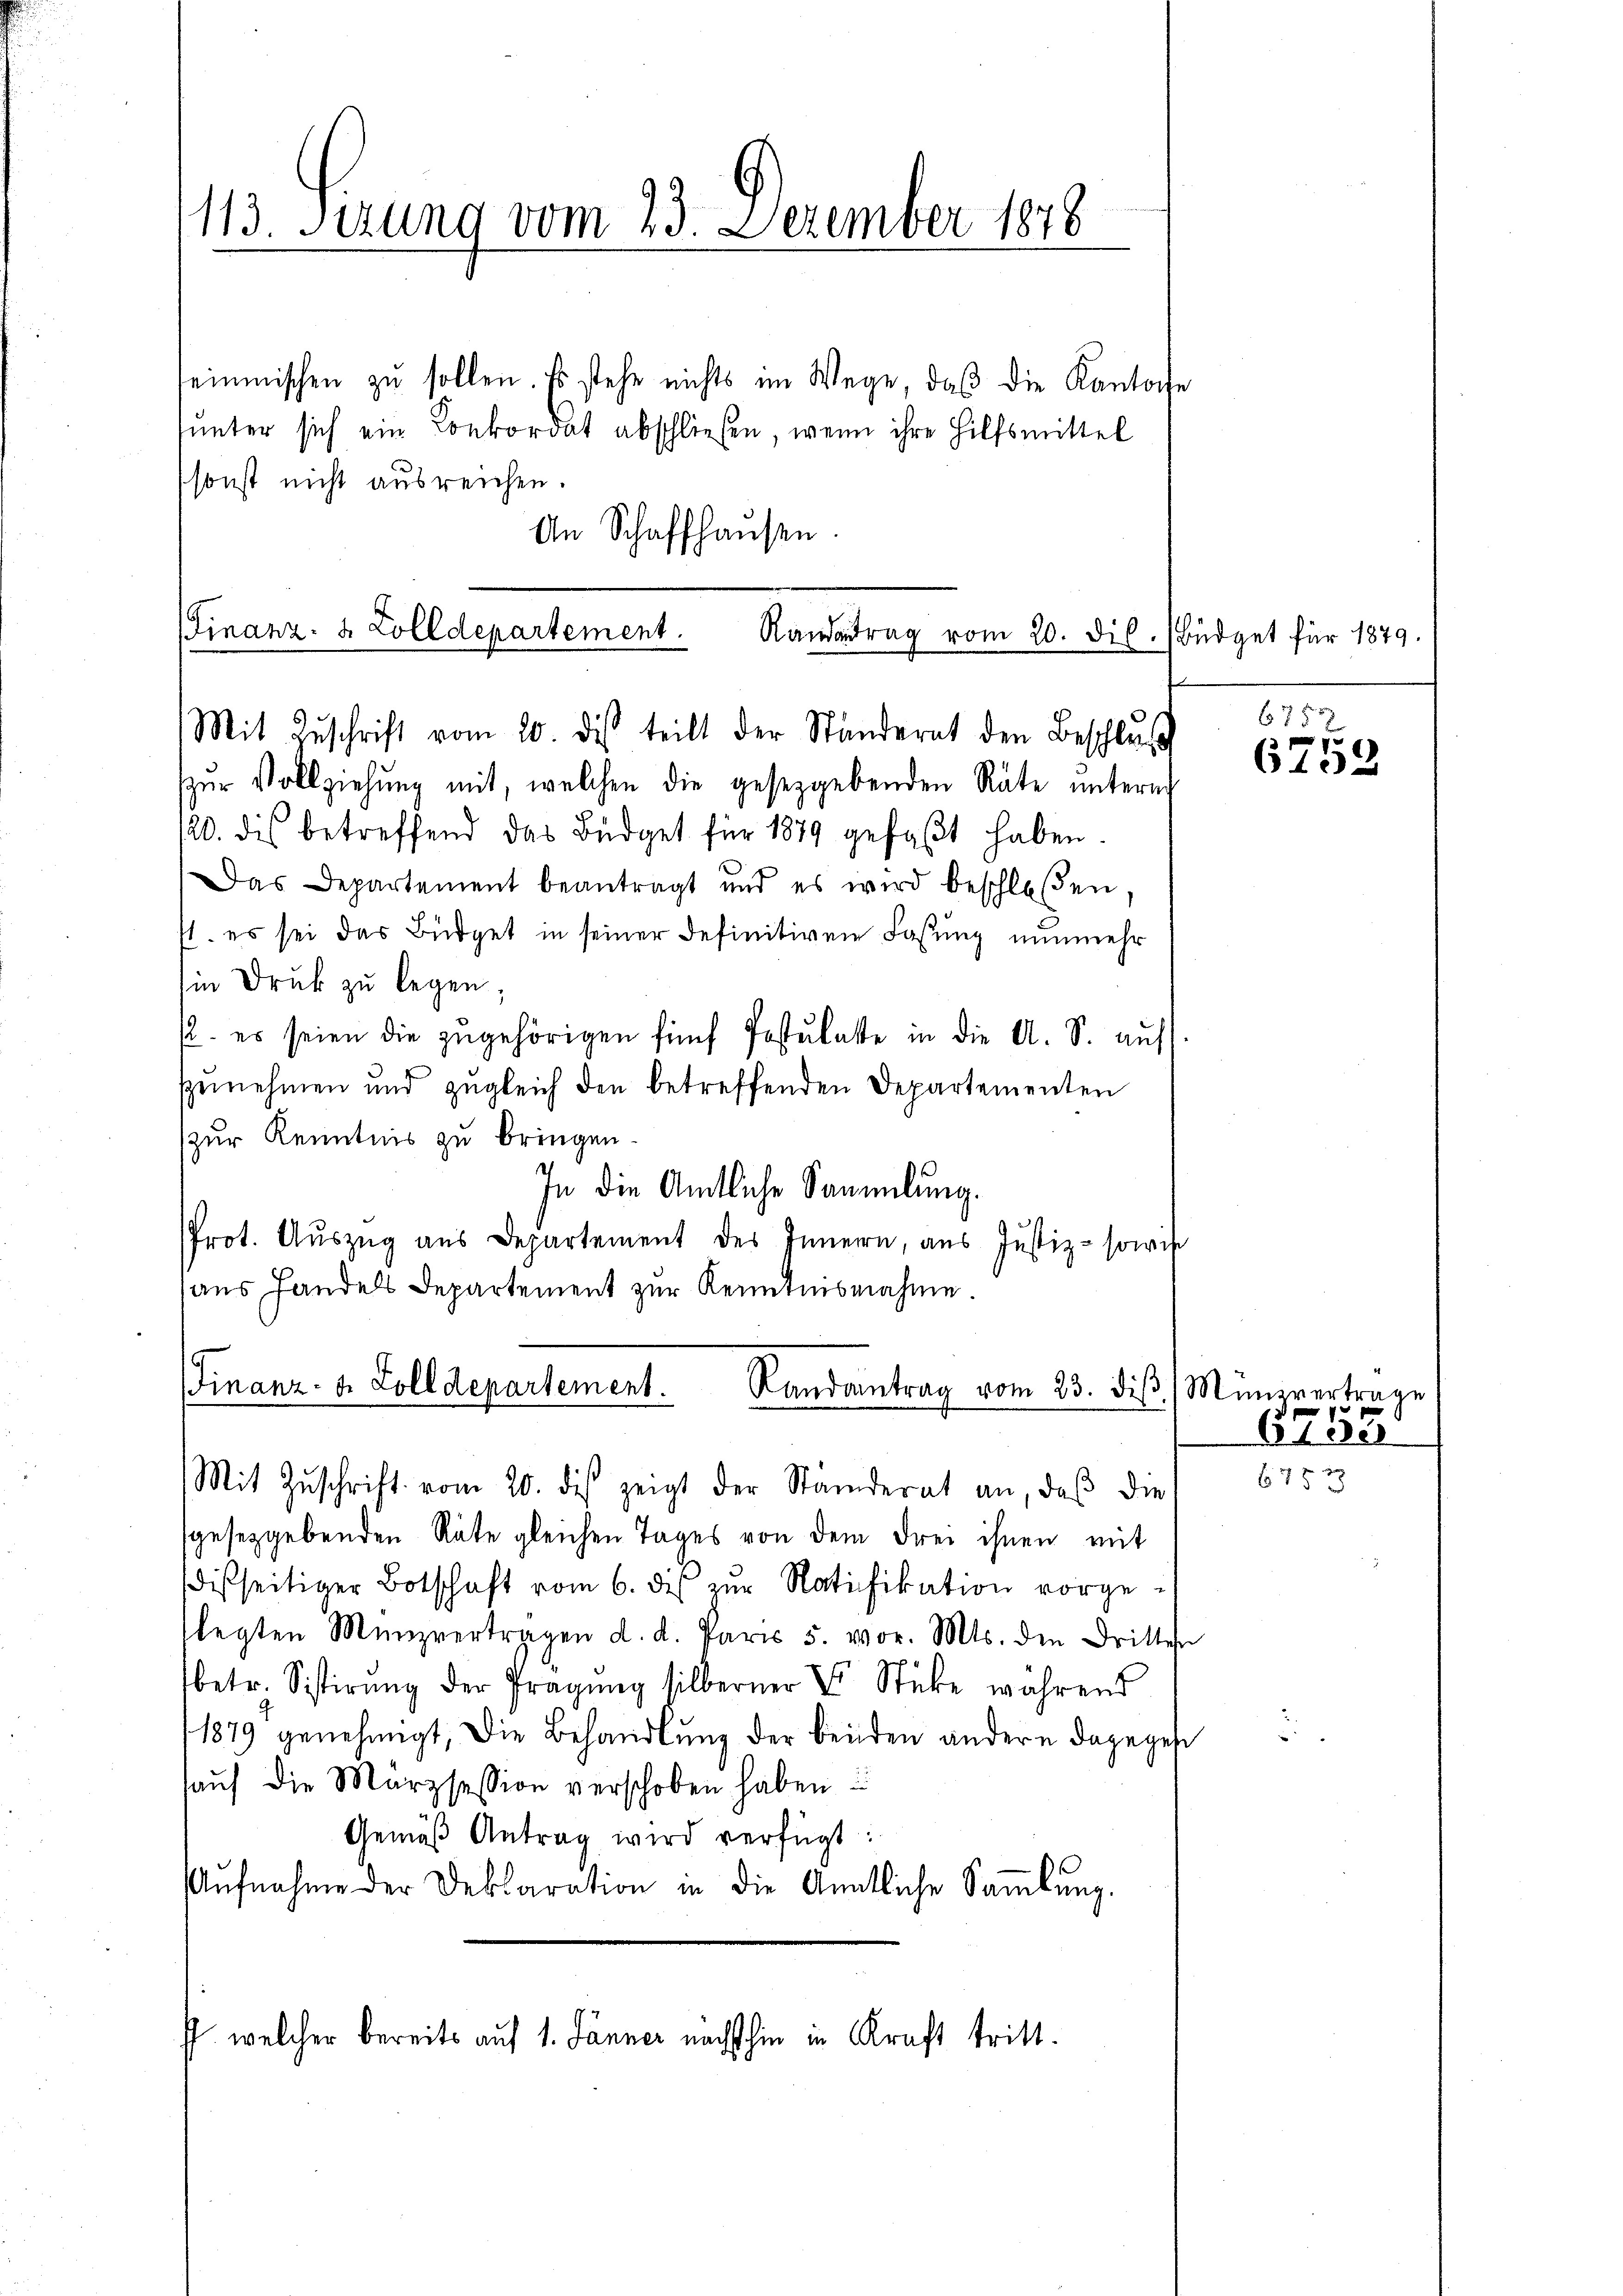
113. Sezung vom 23. December 1878

einmischen zŭ sollen. Es stehe nichts im Wege, daβ die Kantone
unter sich ein Conkordat abschließen, wenn ihre Hilfsmittel
sonst nicht ausreichen.
An Schaffhausen.

Finanz- & Zolldepartement. Randertrag vom 20. dil.
Mit Zuschrift vom 20. des teilt der Ständerat den Beschluss

zŭr Vollziehung mit, welchen die gesetzgebenden Räte unterng
120. dis betreffend das Büdget für 1879 gefaβt haben.
Das Departement beantragt und es wird beschloßen,
st. es sei das Büdget in seiner definitiven Fassung nunmehr
in Druk zu legen;
. es seien die zŭgehörigen fünf Postulatte in die A. S. auf
fzŭnehmen und zŭgleich den betreffenden Departementen
(zur Kenntnis zu bringen
e
In die Amtliche Sammlung.
Prot. Aŭszŭg ans Departement des Innern, aus Justiz- sowi
aus Handels Departement zur Kenntnisnahme
Finanz- u. Zolldepartement.
Randantrag vom 23. diβ. / Munivertra

Büdget für 1879.

Mit Zŭschrift vom 20. des zeigt der Standerat an, daβ die
sgesetzgebenden Räte gleichen Tages von dem drei ihnen mit
disseitiger Botschaft vom 6. des zŭr Ratifikation vorgelegten Münzvertragen d. d. Paris 5. vor. Mts. den Dritten
betr. Sistirŭng der Pragŭng silberner E Stücke während
1879 genehmigt, die Behandlŭng der beiden andern dagegebe
haŭf die Marzsession verschoben haben.
Gemäß Antrag wird verfügt:
Aŭfnahme der Deklaration in die Amtliche Saṁlŭng.
f welcher bereits auf 1. Jänner nächsthin in Kraft tritt.

6757
6758

8755